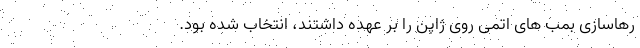
رهاسازی بمب های اتمی روی ژاپن را بر عهده داشتند، انتخاب شده بود.